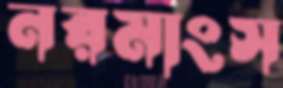
নরমাংস